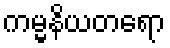
ကမ္မနိယတရော